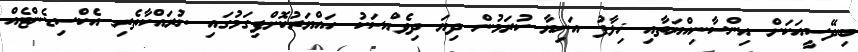
ބިދޭސީއަކަށް އިންސާނިއްޔަތާއި ޚިލާފު އަނިޔާ ކުރަމުން ދިޔަ ދިވެއްސަކު ހައްޔަރުކޮށްފިގަމުގައި ނުރައްކާތެރި އެކްސިޑެންޓެއް